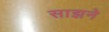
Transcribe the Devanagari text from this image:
साझने